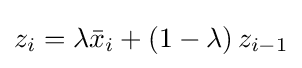
z_{i}=\lambda {\bar {x}}_{i}+\left(1-\lambda \right)z_{i-1}